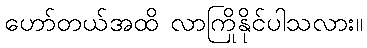
ဟော်တယ်အထိ လာကြိုနိုင်ပါသလား။